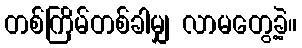
တစ်ကြိမ်တစ်ခါမျှ လာမတွေ့ခဲ့။